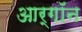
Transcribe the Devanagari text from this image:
आर्गॉन